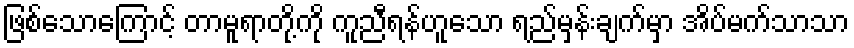
ဖြစ်သောကြောင့် တာမူရာတို့ကို ကူညီရန်ဟူသော ရည်မှန်းချက်မှာ အိပ်မက်သာသာ